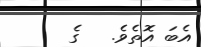
އެބަ އޮތެވެ.   ގެ